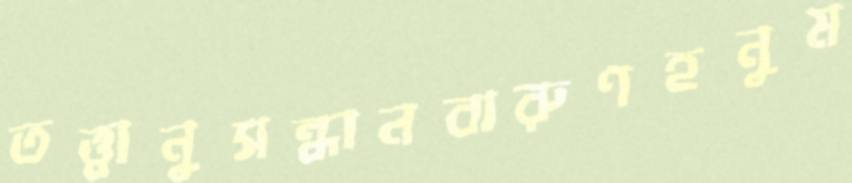
তত্ত্বানুসন্ধানবারুণহনুম